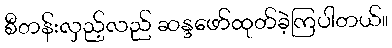
စီတန်းလှည့်လည် ဆန္ဒဖော်ထုတ်ခဲ့ကြပါတယ်။